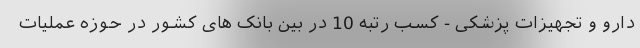
دارو و تجهیزات پزشکی - کسب رتبه 10 در بین بانک های کشور در حوزه عملیات